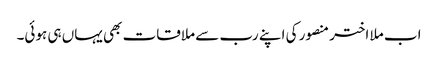
اب ملا اختر منصور کی اپنے رب سے ملاقات بھی یہاں ہی ہوئی۔